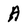
Character: A